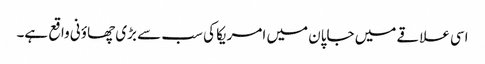
اسی علاقے میں جاپان میں امریکا کی سب سے بڑی چھاؤنی واقع ہے۔